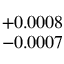
^ { + 0 . 0 0 0 8 } _ { - 0 . 0 0 0 7 }